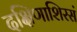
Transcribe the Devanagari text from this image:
दक्षिणाशिरसं